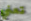
تعني